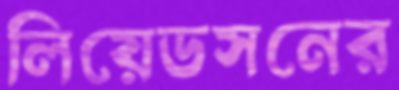
লিয়েডসনের